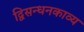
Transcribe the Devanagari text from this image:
द्विसन्धनकाव्य